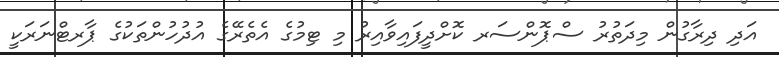
އަދި ދިރާގުން މިދަތުރު ސްޕޮންސަރ ކޮށްދީފައިވާއިރު މި ޓިމުގެ އެތެރޭގެ އުދުހުންތަކުގެ ޕާރޓްނަރަކީ